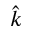
\hat { k }